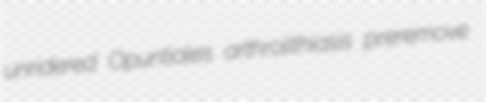
unridered Opuntiales arthrolithiasis preremove